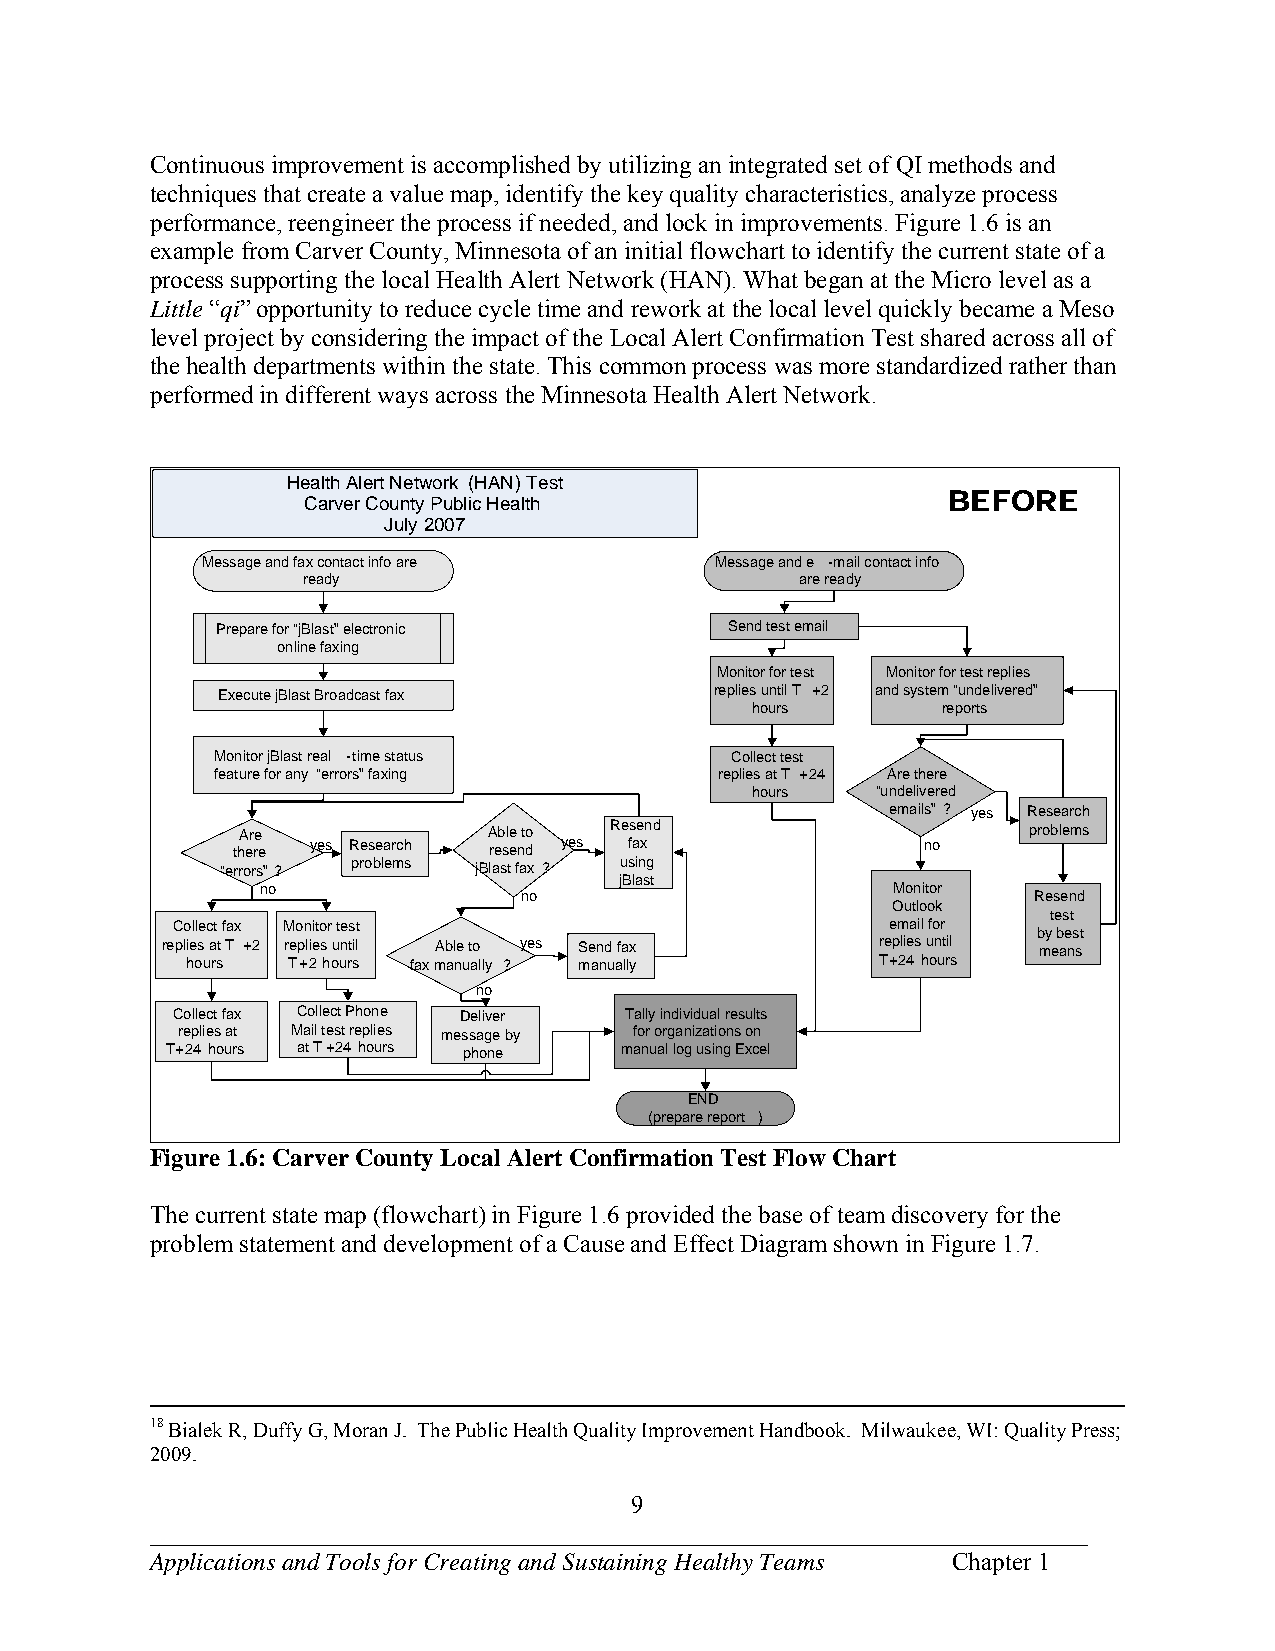
Continuous improvement is accomplished by utilizing an integrated set of QI methods and
 techniques that create a value map, identify the key quality characteristics, analyze process
 performance, reengineer the process if needed, and lock in improvements. Figure 1.6 is an
 example from Carver County, Minnesota of an initial flowchart to identify the current state of a
 process supporting the local Health Alert Network (HAN). What began at the Micro level as a
 Little “qi” opportunity to reduce cycle time and rework at the local level quickly became a Meso
 level project by considering the impact of the Local Alert Confirmation Test shared across all of
 the health departments within the state. This common process was more standardized rather than
 performed in different ways across the Minnesota Health Alert Network.
 Health Alert Network (HAN) Test
 Carver County Public Health                BEFORE
 July 2007
 Message and fax contact info are  Message and e -mail contact info
 ready                            are ready
 Prepare for “jBlast” electronic   Send test email
 online faxing
 Monitor for test Monitor for test replies
 Execute jBlast Broadcast fax     replies until T +2 and system “undelivered”
 hours       reports
 Monitor jBlast real -time status  Collect test
 feature for any “errors” faxing   replies at T +24 Are there
 hours   “undelivered
 emails” ? yes Research
 thA er re
 e   yes Research
 A reb sle
 e
 nto
 d yes
 Re fs ae xnd
 no
 problems
 “errors”? problems jBlast fax ? using
 jBlast
 no                                        Monitor
 no                                Resend
 Outlook
 test
 Collect fax Monitor test                        email for
 repli he os
 u
 a rst T + 2 r Te p +li 2e s
 h
 ou un rti sl
 fax
 mAb al ne
 u
 t ao
 lly ?
 yes S me an nd
 u
 afa llx
 y
 r Te +p 2lie 4s
 h
 u on ut ril
 s
 b my
 e
 b ae ns st
 no
 Collect fax Collect Phone Deliver Tally individual results
 T
 +re 2p 4l ie hs
 o
 ua rt
 s
 M aa
 t
 i Tl te +s 2t
 4
 r e hp oli ue rs
 s
 mes ps ha og ne
 e
 by      mafo nr
 u
 o ar lg la on gi z ua st ii no gn s
 E
 xo cn
 e l
 END
 (prepare report )
 Figure 1.6: Carver County Local Alert Confirmation Test Flow Chart
 The current state map (flowchart) in Figure 1.6 provided the base of team discovery for the
 problem statement and development of a Cause and Effect Diagram shown in Figure 1.7.
 18 Bialek R, Duffy G, Moran J. The Public Health Quality Improvement Handbook. Milwaukee, WI: Quality Press;
 2009.
 9
 ___________________________________________________________________________
 Applications and Tools for Creating and Sustaining Healthy Teams Chapter 1